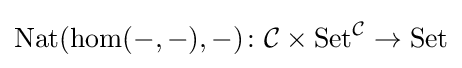
\operatorname {Nat} (\hom(-,-),-)\colon {\mathcal {C}}\times \operatorname {Set} ^{\mathcal {C}}\to \operatorname {Set}